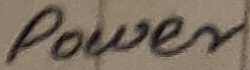
Text: power